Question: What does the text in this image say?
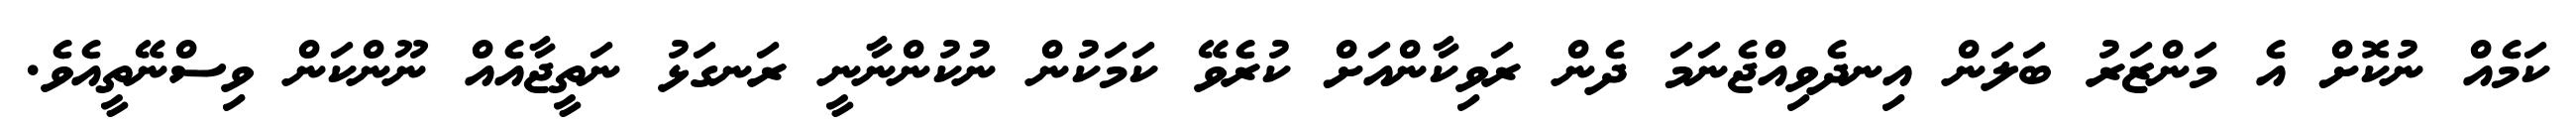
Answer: ކަމެއް ނުކޮށް އެ މަންޒަރު ބަލަން އިނދެވިއްޖެނަމަ ދެން ރަވިކާންއަށް ކުރެވޭ ކަމަކުން ނުކުންނާނީ ރަނގަޅު ނަތީޖާއެއް ނޫންކަން ވިސްނޭތީއެވެ.